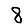
Digit: 8